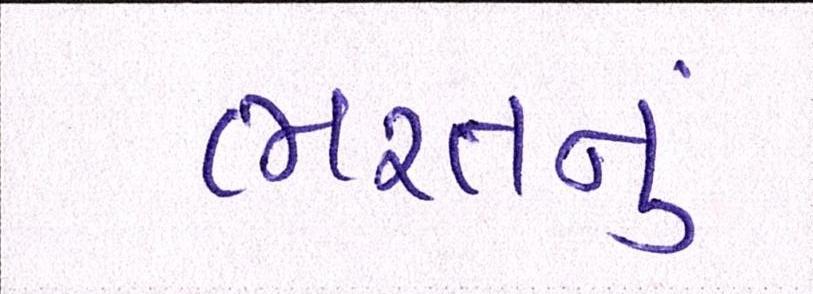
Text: ભરતનું